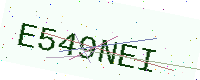
Text: E549NEI